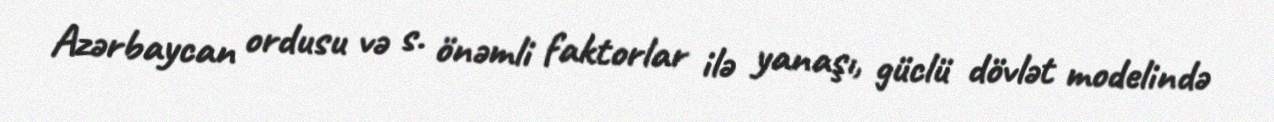
Azərbaycan ordusu və s. önəmli faktorlar ilə yanaşı, güclü dövlət modelində